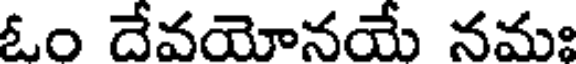
ఓం దేవయోనయే నమః